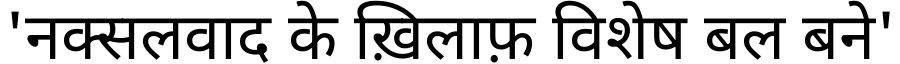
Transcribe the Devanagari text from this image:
'नक्सलवाद के ख़िलाफ़ विशेष बल बने'